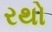
રથો